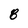
Character: 8